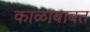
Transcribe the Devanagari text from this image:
काळाबाबत